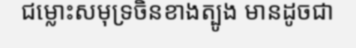
ជម្លោះសមុទ្រចិនខាងត្បូង មានដូចជា